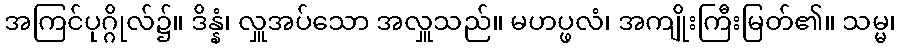
အကြင်ပုဂ္ဂိုလ်၌။ ဒိန္နံ၊ လှူအပ်သော အလှူသည်။ မဟပ္ဖလံ၊ အကျိုးကြီးမြတ်၏။ သမ္မ၊